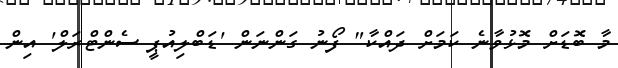
މާ ބޮޑަށް މޮޅުވާނެ ކަމަށް ދައްކާ" ފޯނު ގަންނަން 'ޑަބްލިއުޕީ ސެންޓްރަލް' އިން